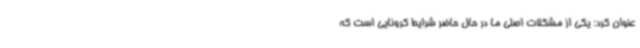
عنوان کرد: یکی از مشکلات اصلی ما در حال حاضر شرایط کرونایی است که